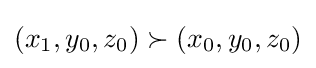
(x_{1},y_{0},z_{0})\succ (x_{0},y_{0},z_{0})